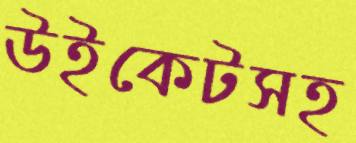
উইকেটসহ